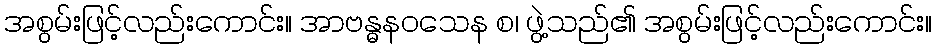
အစွမ်းဖြင့်လည်းကောင်း။ အာဗန္ဓနဝသေန စ၊ ဖွဲ့သည်၏ အစွမ်းဖြင့်လည်းကောင်း။